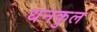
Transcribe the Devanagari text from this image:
धनकुल